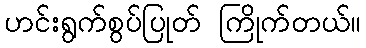
ဟင်းရွက်စွပ်ပြုတ် ကြိုက်တယ်။